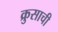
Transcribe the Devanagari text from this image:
क्रुसाची